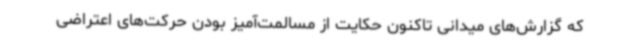
که گزارش‌های میدانی تاکنون حکایت از مسالمت‌آمیز بودن حرکت‌های اعتراضی